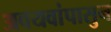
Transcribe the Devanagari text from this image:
अवयवांपासुन